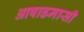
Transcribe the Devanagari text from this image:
आषाढमासी